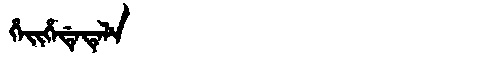
Manchu: ᡥᡝᡳᡥᡝᡩᡝᡨᡝᠯᡝ
Romanization: HEIHEDETELE